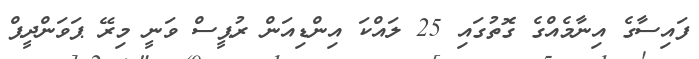
ފައިސާގެ އިނާމެއްގެ ގޮތުގައި 25 ލައްކަ އިންޑިއަން ރުޕީސް ވަނީ މިރޭ ޕަވަންދީޕް